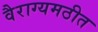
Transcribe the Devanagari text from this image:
वैराग्यमठीत